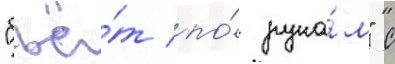
"бьё́т по́ рука́м" с